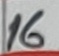
Text: 16